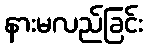
နားမလည်ခြင်း